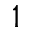
1